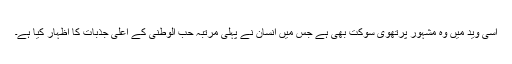
اسی وید میں وہ مشہور پرتھوی سوکت بھی ہے جس میں انسان نے پہلی مرتبہ حب الوطنی کے اعلیٰ جذبات کا اظہار کیا ہے۔